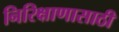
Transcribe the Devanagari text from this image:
निरिक्षाणासाठी